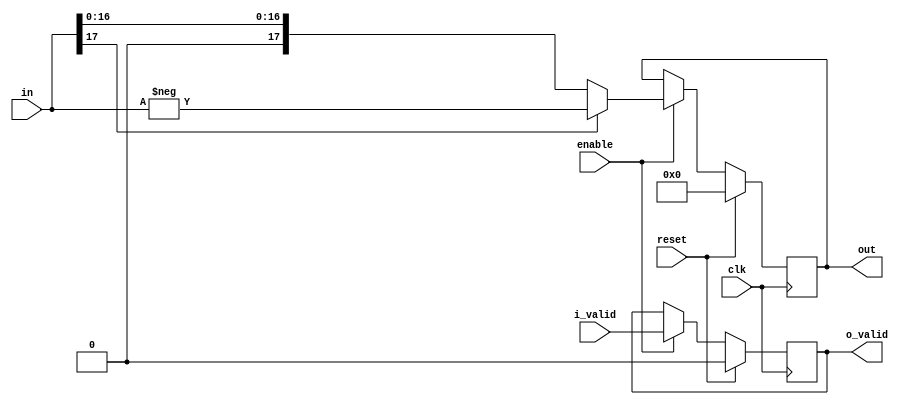
`define SIMULATION_MEMORY

module abs_unit_18 (
	input clk,
	input reset,
	input enable,
	input i_valid,
	input [17:0] in,
	output o_valid,
	output [17:0] out
);

reg [17:0] abs_result;

always @ (*) begin
	if (in[17] == 1'b1)
		abs_result = -in;
	else 
		abs_result = in;
end

reg valid_reg;
reg [17:0] out_reg;
always @ (posedge clk) begin
	if (reset) begin
		valid_reg <= 1'b0;
		out_reg <= 0;
	end else if (enable) begin
		valid_reg <= i_valid;
		out_reg <= abs_result;
	end
end
assign out = out_reg;
assign o_valid = valid_reg;
endmodule